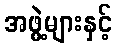
အဖွဲ့များနှင့်